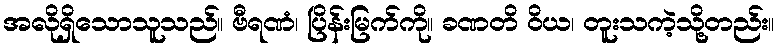
အလိုရှိသောသူသည်။ ဗီရဏံ၊ ပြိန်းမြက်ကို။ ခဏတိ ဝိယ၊ တူးသကဲ့သို့တည်း။